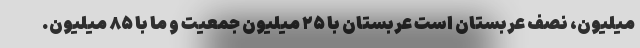
میلیون، نصف عربستان است عربستان با ۲۵ میلیون جمعیت و ما با ۸۵ میلیون.